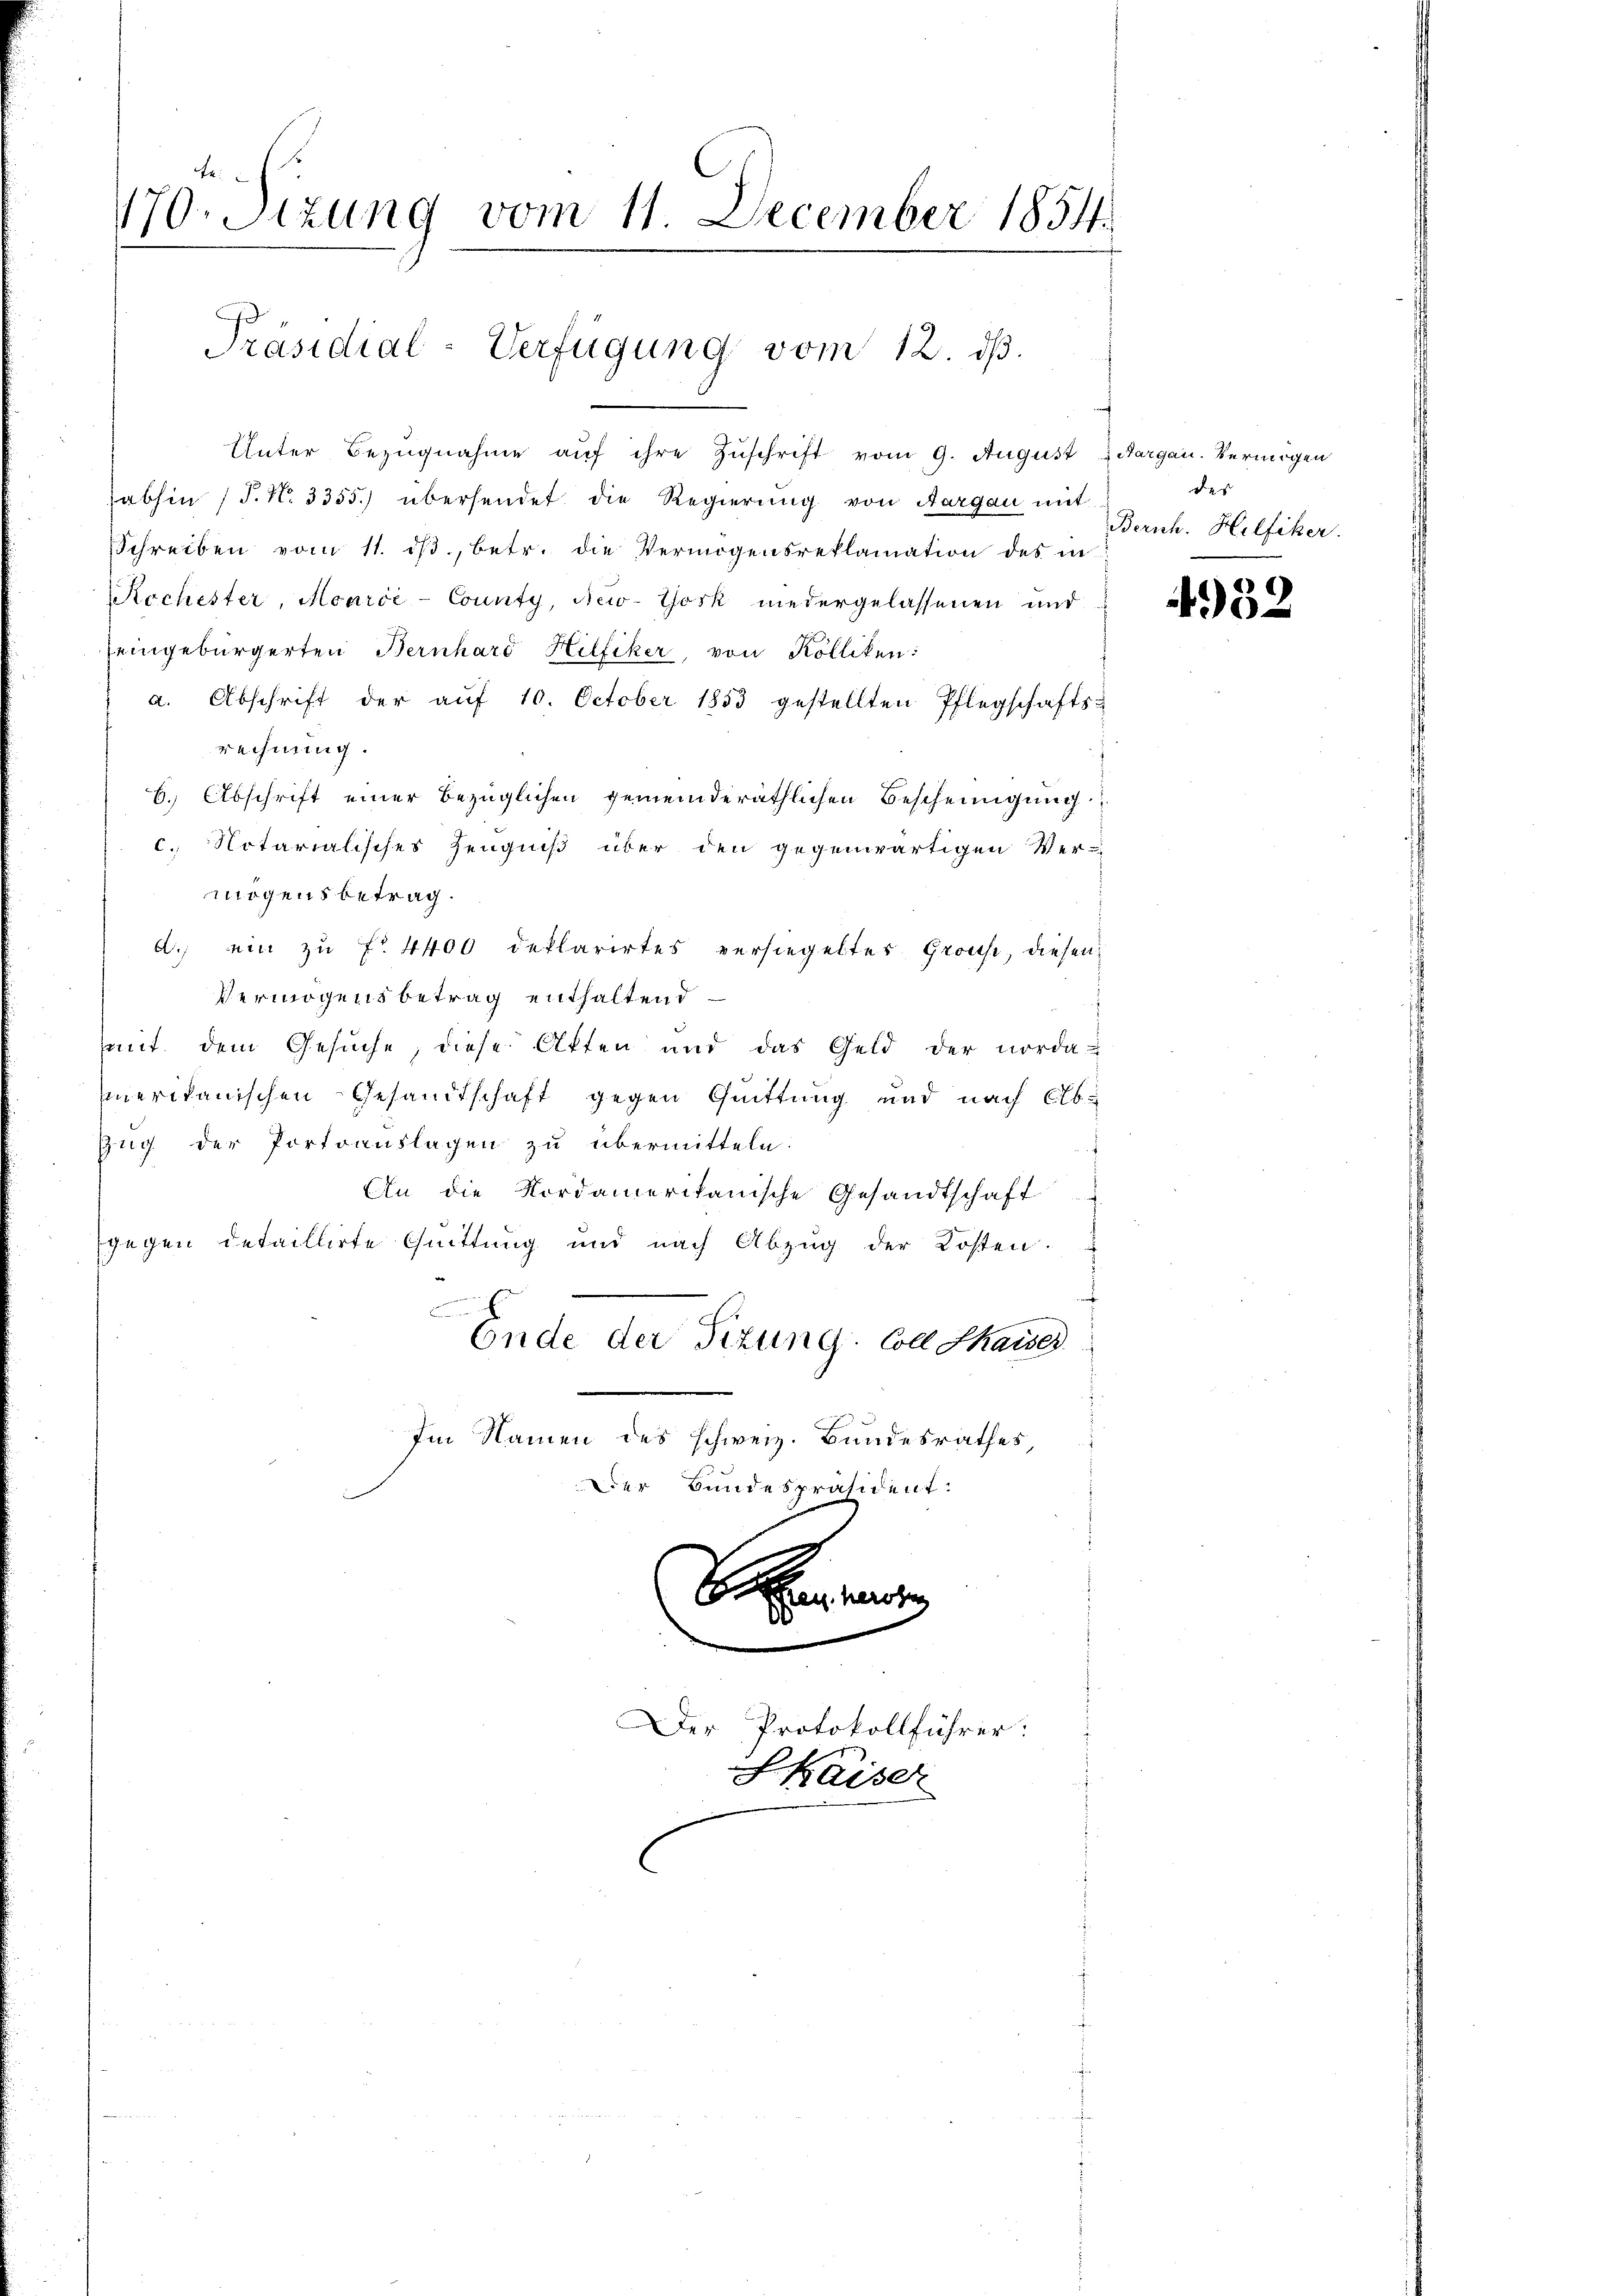
te:
170. Sizung vom 11. December 1854.
Präsidial-Verfügung vom 12. dβ.

Unter Bezugnahme auf ihre Zuschrift vom 9. August Aargau. Vermögen
sabhin (P. Nr. 3355.) übersendet die Regierŭng von Aargau mit
Schreiben vom 11. ds., betr. die Vermögensreklamation des in
Rochester, Marie-County, New-York niedergelassenen und
seingebürgerten Bernhard Hilfiker, von Kölliken:
a. Abschrift der aŭf 10. October 1853 gestellten Pflegschafts-
rechnung.
6.) Abschrift einer Bezüglichen gemeinderäthlichen Bescheinigung
c. Notarialisches Zeugniß über den gegenwärtigen Ver-
mögensbetrag.
d.) ein zu No 4400 deklarirtes versiegeltes Grosse, diesen
Vermögensbetrag enthaltend
mit dem Gesuche, diese Akten und das Geld der norda-
merikanischen Gesandtschaft gegen Quittung und nach Elb¬
Zug der Portoauslagen zu übermitteln.
An die Nordamerikanische Gesandtschaft
gegen detaillirte Quittung und nach Abzŭg der Kosten.
b
Ende der Sizung. Colle Thaises
Im Namen des schweiz. Bundesrathes
Der Bundespräsident:

Der Protokollführer:
Skaiser

des
Zürich. Hilfiker.

4952